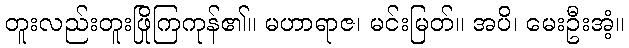
တူးလည်းတူးဖြိုကြကုန်၏။ မဟာရာဇ၊ မင်းမြတ်။ အပိ၊ မေးဦးအံ့။